Annual administration report of the Civil Veterinary Department, Ajmere-Merwara, British Rajputana - 1914-1940
Year: 1914
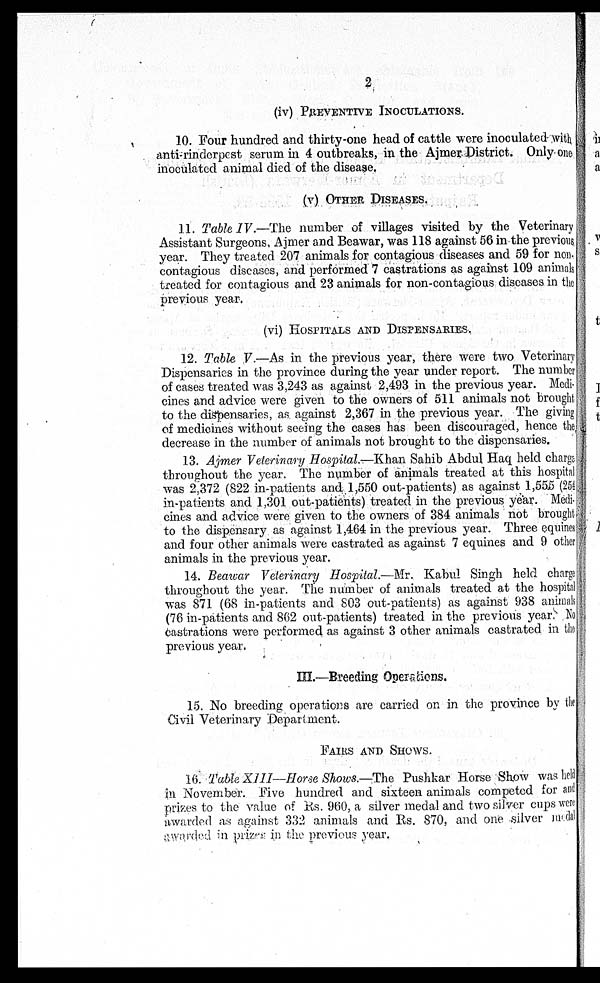
2
(iv)PREVENTIVE INOCULATIONS.
10. Four hundred and thirty-one head of cattle were inoculated- with,
anti- rinderpest serum in 4 outbreaks, in the Ajmer District. Only one
inoculated animal died of the disease.
(v) OTHER DISEASES.
11. Table IV.—The number of villages visited by the Veterinary
Assistant Surgeons, Ajmer and Beawar, was 118 against 56 in the previous
year. They treated 207 animals for contagious diseases and 59 for non,
contagious discases, and performed 7 castrations as against 109 animals
treated for contagious and 23 animals for non-contagious diseases in the
previous year.
(vi) HOSPITALS AND DISPENSARIES.
12. Table V.—As in the previous year, there were two Veterinary
Dispensaries in the province during the year under report. The number
of cases treated was 3,243 as against 2,493 in the previous year. Medi-
cines and advice were given to the owners of 511 animals not brought
to the dispensaries, as. against 2,367 in the previous year. The giving
of medicines without seeing the cases has been discouraged, hence the
decrease in the number of animals not brought to the dispensaries.
13. Ajmer Veterinary Hospital.—Khan Sahib Abdul Haq held charge
throughout the year. The number of animals treated at this hospital
was 2.372 (822 in-patients and 1,550 out-patients) as against 1,555 (254
in-patients and 1,301 out-patients) treated in the previous year. Medi-
cines and advice were given to the owners of 384 animals not brought
to the dispensary as against 1,464 in the previous year. Three equines
and four other animals were castrated as against 7 equines and 9 other
animals in the previous year.
14. Beawar Veterinary Hospital.—Mr. Kabul Singh held charge
throughout the year. The number of animals treated at the hospital
was 871 (68 in-patients and 803 out-patients) as against 938 animals
(76 in-patients and 862 out-patients) treated in the previous year. No
castrations were performed as against 3 other animals castrated in the
previous year.
III.—Breeding Operations.
15. No breeding operations are carried on in the province by the
Civil Veterinary Department.
FAIRS AND SHOWS.
16. Table XIII—Horse Shows.—The Pushkar Horse Show was hel d
in November. Five hundred and sixteen animals competed for and
prizes to the value of Rs. 960, a silver medal and two silver cups were
awarded as against 332 animals and Rs. 870, and one silver medal
awarded in prizes in the previous year.